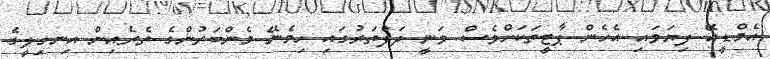
އެމްޑީއޭ ފިޔަވައި އެހެން ޕާޓީތަކަށްވެސް ވަނީ ދަފްތަރުގައި ހިމެނޭ މެންބަރުންގެ ތެރެއިން އިނގިލީގެ